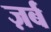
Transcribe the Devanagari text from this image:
ज़र्ब